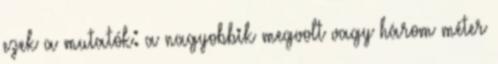
ezek a mutatók: a nagyobbik megvolt vagy három méter